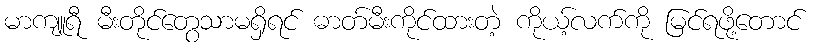
မာကျူရီ မီးတိုင်တွေသာမရှိရင် ဓာတ်မီးကိုင်ထားတဲ့ ကိုယ့်လက်ကို မြင်ရဖို့တောင်